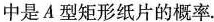
中是A型矩形纸片的概率。